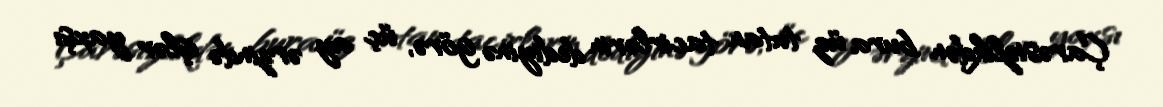
Çarəsizlikdən bura üz tutan tacirlərin dediyinə görə, üç ay ərzində işlər yaxşı